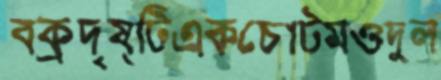
বক্রদৃষ্টিএকচোটমওদুল